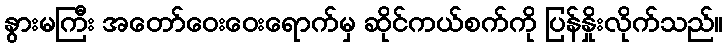
နွားမကြီး အတော်ဝေးဝေးရောက်မှ ဆိုင်ကယ်စက်ကို ပြန်နှိုးလိုက်သည်။